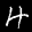
Label: 4